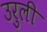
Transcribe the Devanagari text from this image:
उरुली